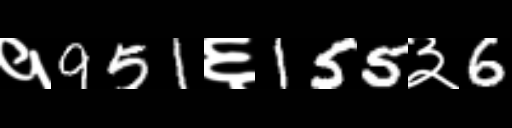
Text: १951६155३6